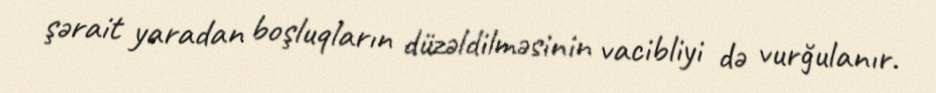
şərait yaradan boşluqların düzəldilməsinin vacibliyi də vurğulanır.